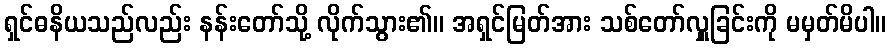
ရှင်ဓနိယသည်လည်း နန်းတော်သို့ လိုက်သွား၏။ အရှင်မြတ်အား သစ်တော်လှူခြင်းကို မမှတ်မိပါ။